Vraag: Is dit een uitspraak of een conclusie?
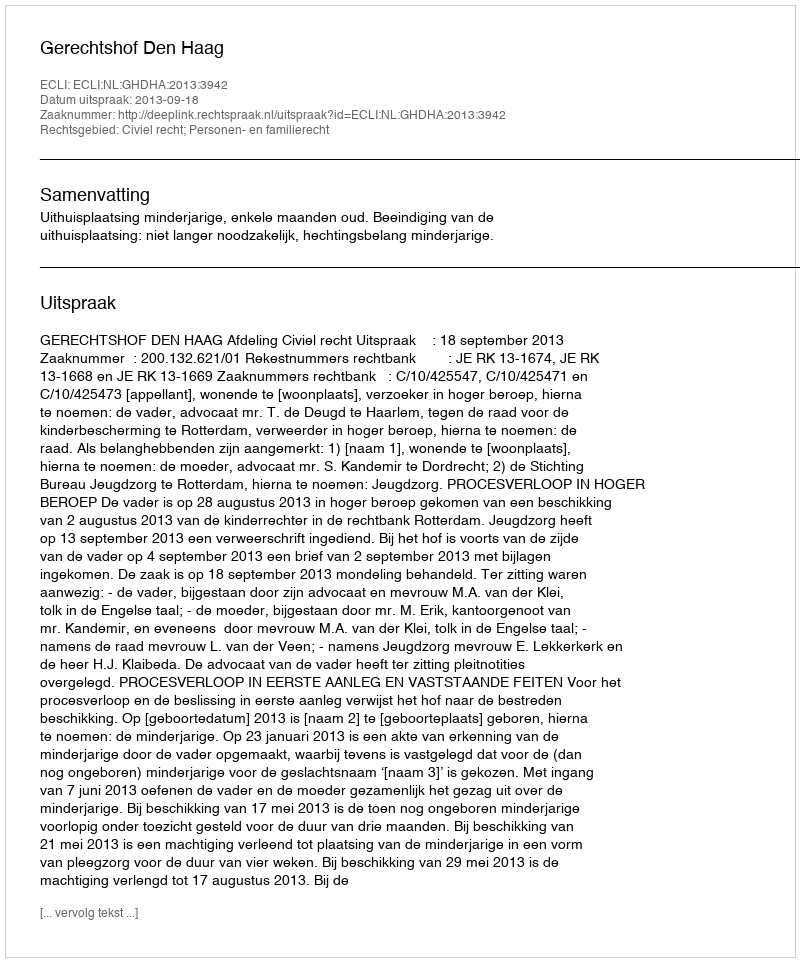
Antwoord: Uitspraak